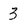
Character: 3